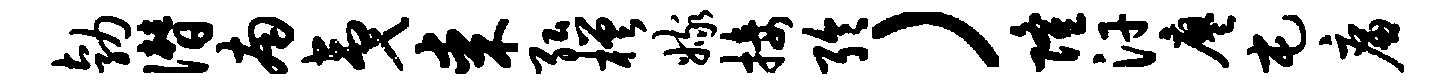
勃僭南夷某弘槎嫁接聆）隆汗廖屯廉